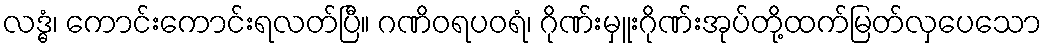
လဒ္ဓံ၊ ကောင်းကောင်းရလတ်ပြီ။ ဂဏိဝရပဝရံ၊ ဂိုဏ်းမှူးဂိုဏ်းအုပ်တို့ထက်မြတ်လှပေသော